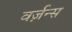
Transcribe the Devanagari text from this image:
वर्ज़न्स